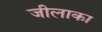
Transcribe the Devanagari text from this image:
जीलाका